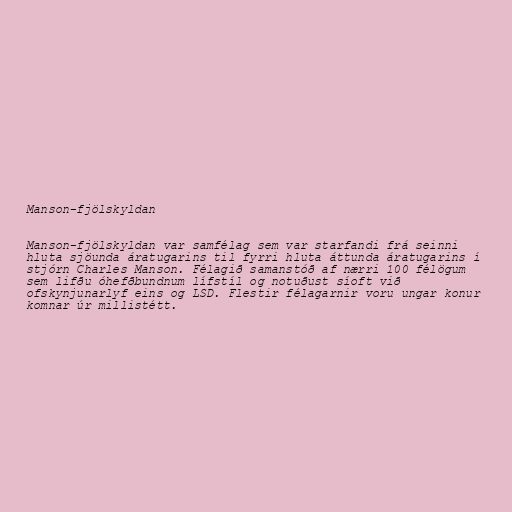
Manson-fjölskyldan

Manson-fjölskyldan var samfélag sem var starfandi frá seinni
hluta sjöunda áratugarins til fyrri hluta áttunda áratugarins í
stjórn Charles Manson. Félagið samanstóð af nærri 100 félögum
sem lifðu óhefðbundnum lífstíl og notuðust síoft við
ofskynjunarlyf eins og LSD. Flestir félagarnir voru ungar konur
komnar úr millistétt.